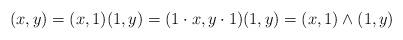
LaTeX: \begin{align*}(x,y)=(x,1)(1,y)=(1\cdot x,y\cdot 1)(1,y)=(x,1)\wedge(1,y)\end{align*}